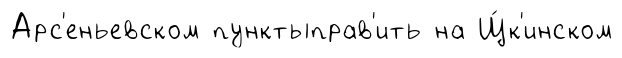
Арс'еньевском пунктыправ'ить на Щ́к'инском